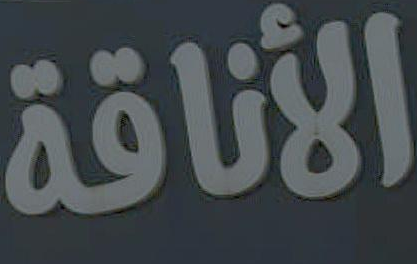
الأناقة